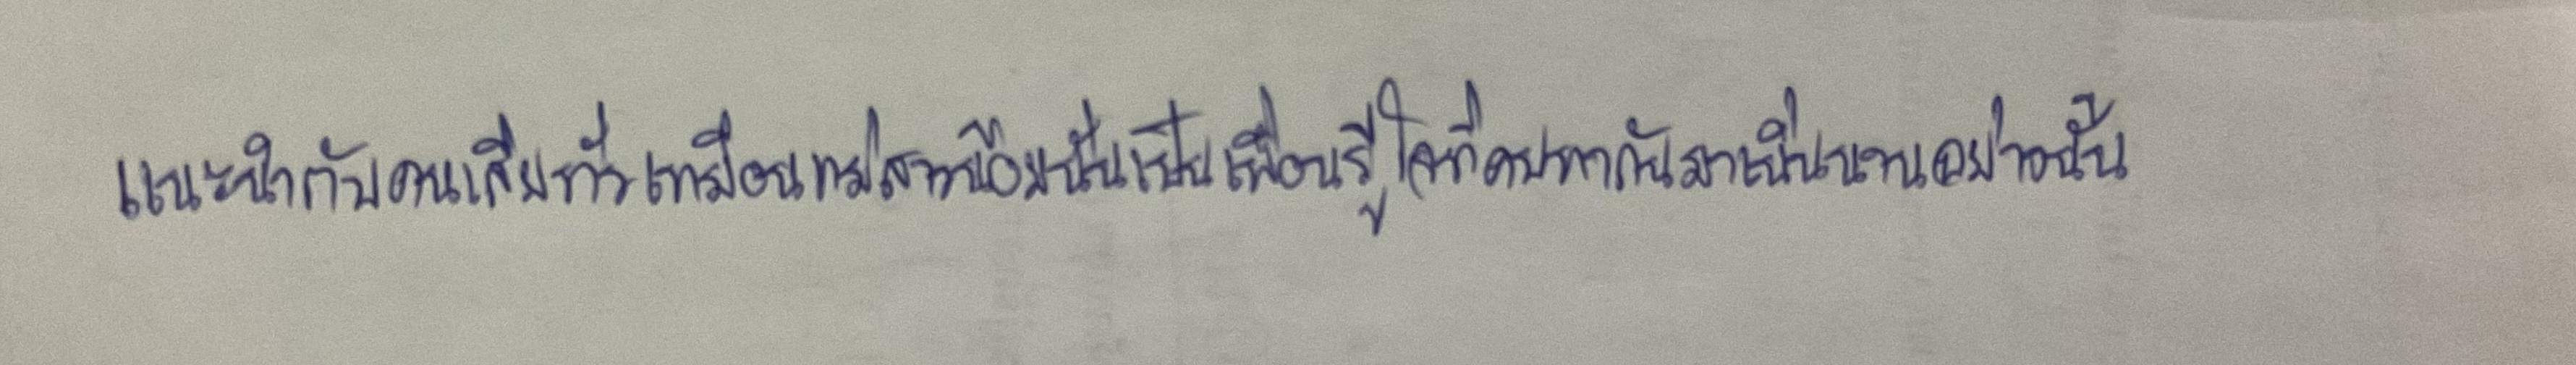
แนะนำกับคนเสียทั่วเหมือนแม่สาวน้อยนั่นเป็นเพื่อนรู้ใจที่คบหากันมาเนิ่นนานอย่างนั้น